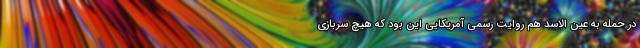
در حمله به عین الاسد هم روایت رسمی آمریکایی این بود که هیچ سربازی